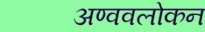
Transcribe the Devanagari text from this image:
अण्ववलोकन